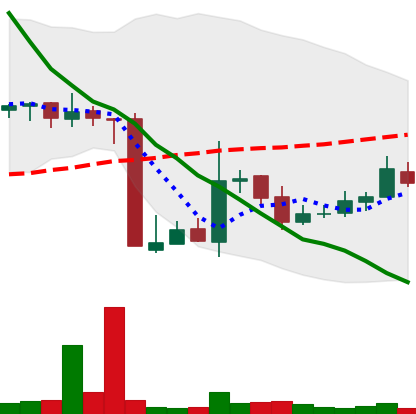
Ticker: XMR-USD
Chart end date: 2018-10-24
Forward return: -5.107%
Label: down_5_7